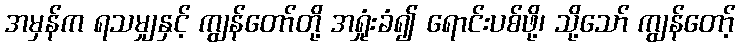
အမှန်က ရသမျှနှင့် ကျွန်တော်တို့ အရှုံးခံ၍ ရောင်းပစ်ဖို့၊ သို့သော် ကျွန်တော့်